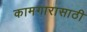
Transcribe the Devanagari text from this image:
कामगारासाठी